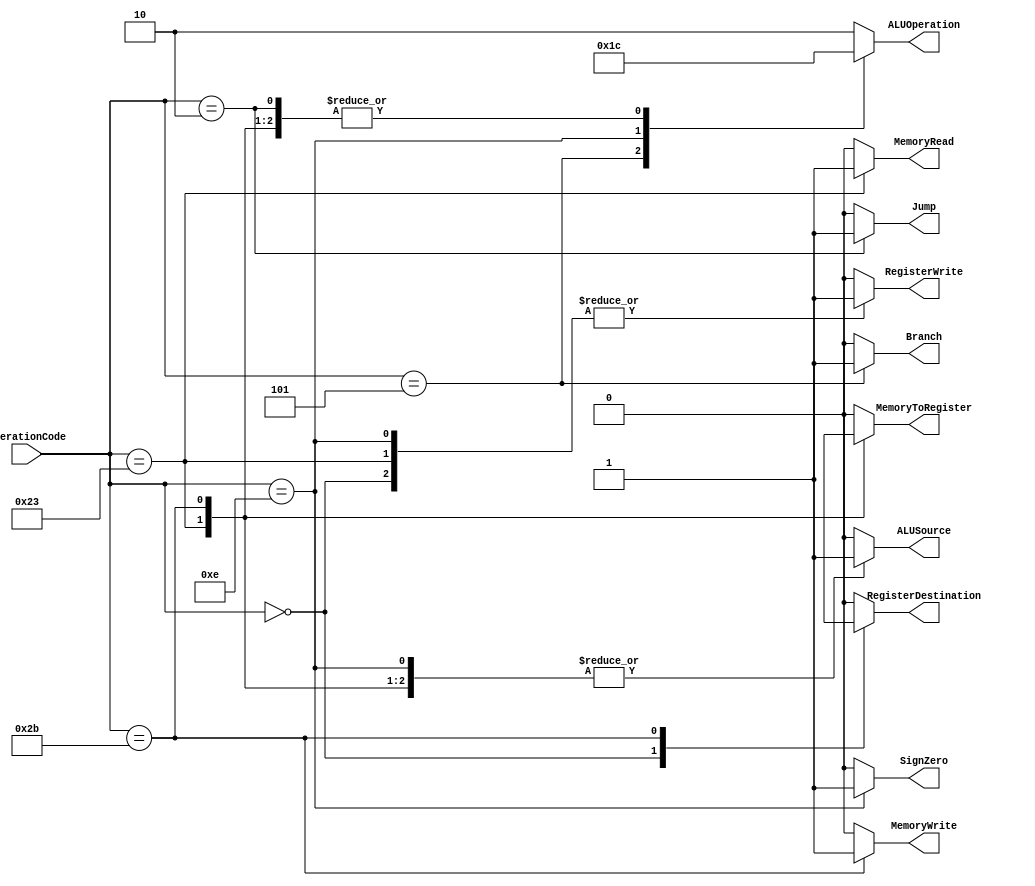
// Control Unit Module


// Verilog code for Control Unit.
`timescale 1 ps / 100 fs
module Control(RegisterDestination, ALUSource, MemoryToRegister, RegisterWrite, MemoryRead, MemoryWrite, Branch, ALUOperation, Jump, SignZero, OperationCode);

	output RegisterDestination, ALUSource, MemoryToRegister, RegisterWrite, MemoryRead, MemoryWrite, Branch, Jump, SignZero;
	output[1:0] ALUOperation;
	input[5:0] OperationCode;
	reg RegisterDestination, ALUSource, MemoryToRegister, RegisterWrite, MemoryRead, MemoryWrite, Branch, Jump, SignZero;
	reg[1:0] ALUOperation;

	always @(*)
		casex (OperationCode)
			6'b000000:								// R => Type
				begin
					RegisterDestination = 1'b1;
					ALUSource = 1'b0;
					MemoryToRegister = 1'b0;
					RegisterWrite = 1'b1;
					MemoryRead = 1'b0;
					MemoryWrite = 1'b0;
					Branch = 1'b0;
					ALUOperation = 2'b10;
					Jump = 1'b0;
					SignZero = 1'b0;
				end
			6'b100011:								// LW => Load Word
				begin
					RegisterDestination = 1'b0;
					ALUSource = 1'b1;
					MemoryToRegister = 1'b1;
					RegisterWrite = 1'b1;
					MemoryRead = 1'b1;
					MemoryWrite = 1'b0;
					Branch = 1'b0;
					ALUOperation = 2'b00;
					Jump = 1'b0;
					SignZero = 1'b0;
				end
			6'b101011:								// SW => Store Word
				begin
					RegisterDestination = 1'bx;
					ALUSource = 1'b1;
					MemoryToRegister = 1'bx;
					RegisterWrite = 1'b0;
					MemoryRead = 1'b0;
					MemoryWrite = 1'b1;
					Branch = 1'b0;
					ALUOperation = 2'b00;
					Jump = 1'b0;
					SignZero = 1'b0;
				end
			6'b000101:								// BNE => Branch Not Equal
				begin
					RegisterDestination = 1'b0;
					ALUSource = 1'b0;
					MemoryToRegister = 1'b0;
					RegisterWrite = 1'b0;
					MemoryRead = 1'b0;
					MemoryWrite = 1'b0;
					Branch = 1'b1;
					ALUOperation = 2'b01;
					Jump = 1'b0;
					SignZero = 1'b0;
				end
			6'b001110:								// XorI => Xor Immediate
				begin
					RegisterDestination = 1'b0;
					ALUSource = 1'b1;
					MemoryToRegister = 1'b0;
					RegisterWrite = 1'b1;
					MemoryRead = 1'b0;
					MemoryWrite = 1'b0;
					Branch = 1'b0;
					ALUOperation = 2'b11;
					Jump = 1'b0;
					SignZero = 1'b1;
				end
			6'b000010:								// J => Jump
				begin
					RegisterDestination = 1'b0;
					ALUSource = 1'b0;
					MemoryToRegister= 1'b0;
					RegisterWrite= 1'b0;
					MemoryRead = 1'b0;
					MemoryWrite= 1'b0;
					Branch = 1'b0;
					ALUOperation = 2'b00;
					Jump = 1'b1;
					SignZero= 1'b0;
				end
			default:
				begin
					RegisterDestination = 1'b0;
					ALUSource = 1'b0;
					MemoryToRegister= 1'b0;
					RegisterWrite= 1'b0;
					MemoryRead = 1'b0;
					MemoryWrite= 1'b0;
					Branch = 1'b0;
					ALUOperation = 2'b10;
					Jump = 1'b0;
					SignZero= 1'b0;
				end
		endcase

endmodule